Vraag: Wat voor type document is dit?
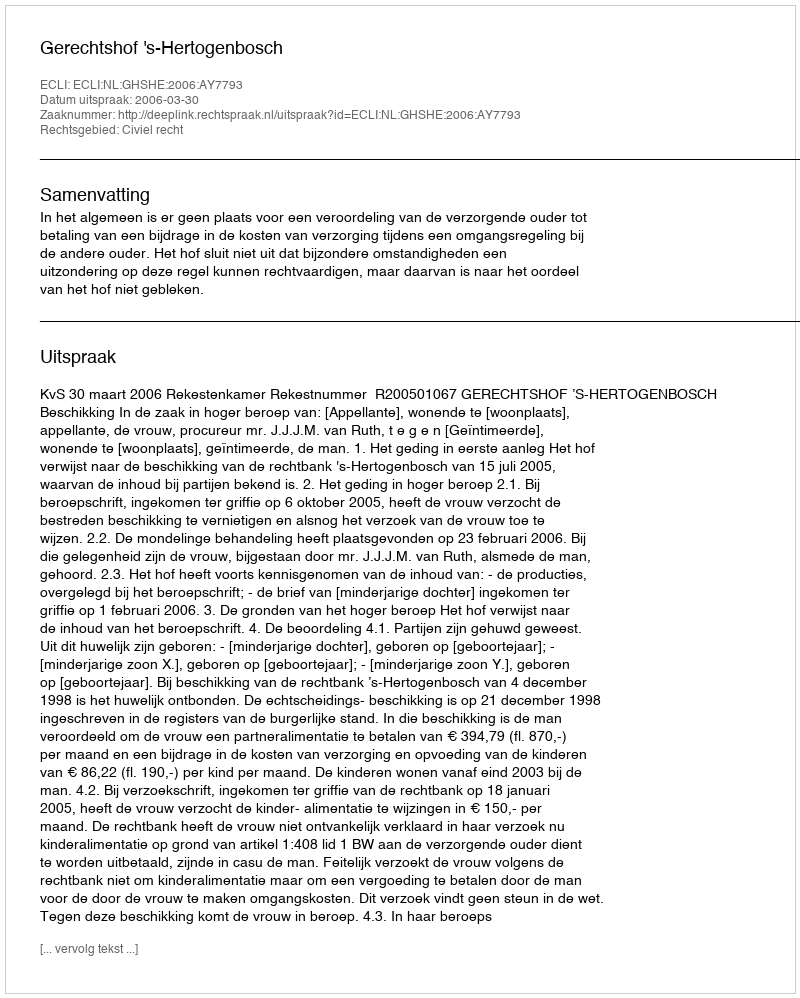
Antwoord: Uitspraak